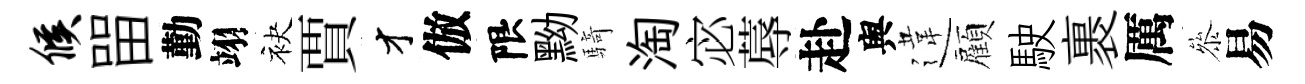
候㽞勤翊袂賈才倣限黝騎淘宓蓐赴舆違顏駛裹厲叅易